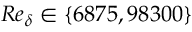
R e _ { \delta } \in \{ 6 8 7 5 , 9 8 3 0 0 \}